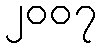
၂၀၀၇